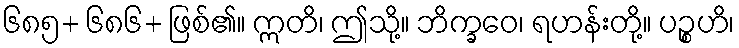
၆၈၅+ ၆၈၆+ ဖြစ်၏။ ဣတိ၊ ဤသို့။ ဘိက္ခဝေ၊ ရဟန်းတို့။ ပဉ္စဟိ၊